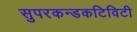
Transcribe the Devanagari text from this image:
सुपरकन्डकटिविटी